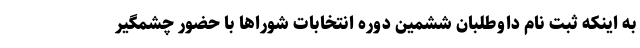
به اینکه ثبت نام داوطلبان ششمین دوره انتخابات شوراها با حضور چشمگیر